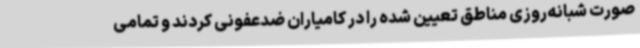
صورت شبانه‌روزی مناطق تعیین شده را در کامیاران ضدعفونی کردند و تمامی